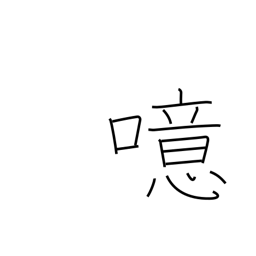
Meaning: burp